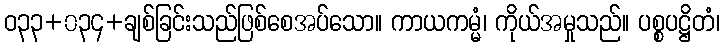
ဝ၃၃+၀၃၄+ချစ်ခြင်းသည်ဖြစ်စေအပ်သော။ ကာယကမ္မံ၊ ကိုယ်အမှုသည်။ ပစ္စပဋ္ဌိတံ၊